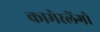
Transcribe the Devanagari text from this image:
कामेरलेंगो